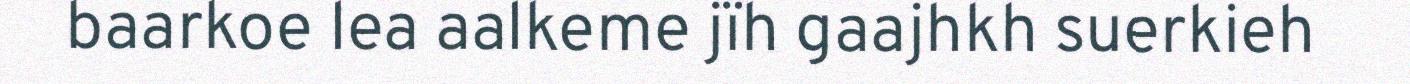
baarkoe lea aalkeme jïh gaajhkh suerkieh